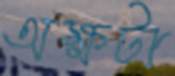
অক্ষটা